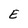
Character: E